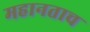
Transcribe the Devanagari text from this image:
महानताच